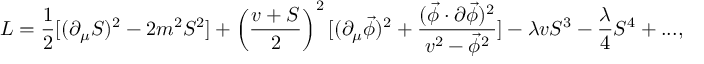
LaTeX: L = { \frac { 1 } { 2 } } [ ( \partial _ { \mu } S ) ^ { 2 } - 2 m ^ { 2 } S ^ { 2 } ] + \left( { \frac { v + S } { 2 } } \right) ^ { 2 } [ ( \partial _ { \mu } \vec { \phi } ) ^ { 2 } + { \frac { ( \vec { \phi } \cdot \partial \vec { \phi } ) ^ { 2 } } { v ^ { 2 } - \vec { \phi } ^ { 2 } } } ] - \lambda v S ^ { 3 } - { \frac { \lambda } { 4 } } S ^ { 4 } + . . . ,